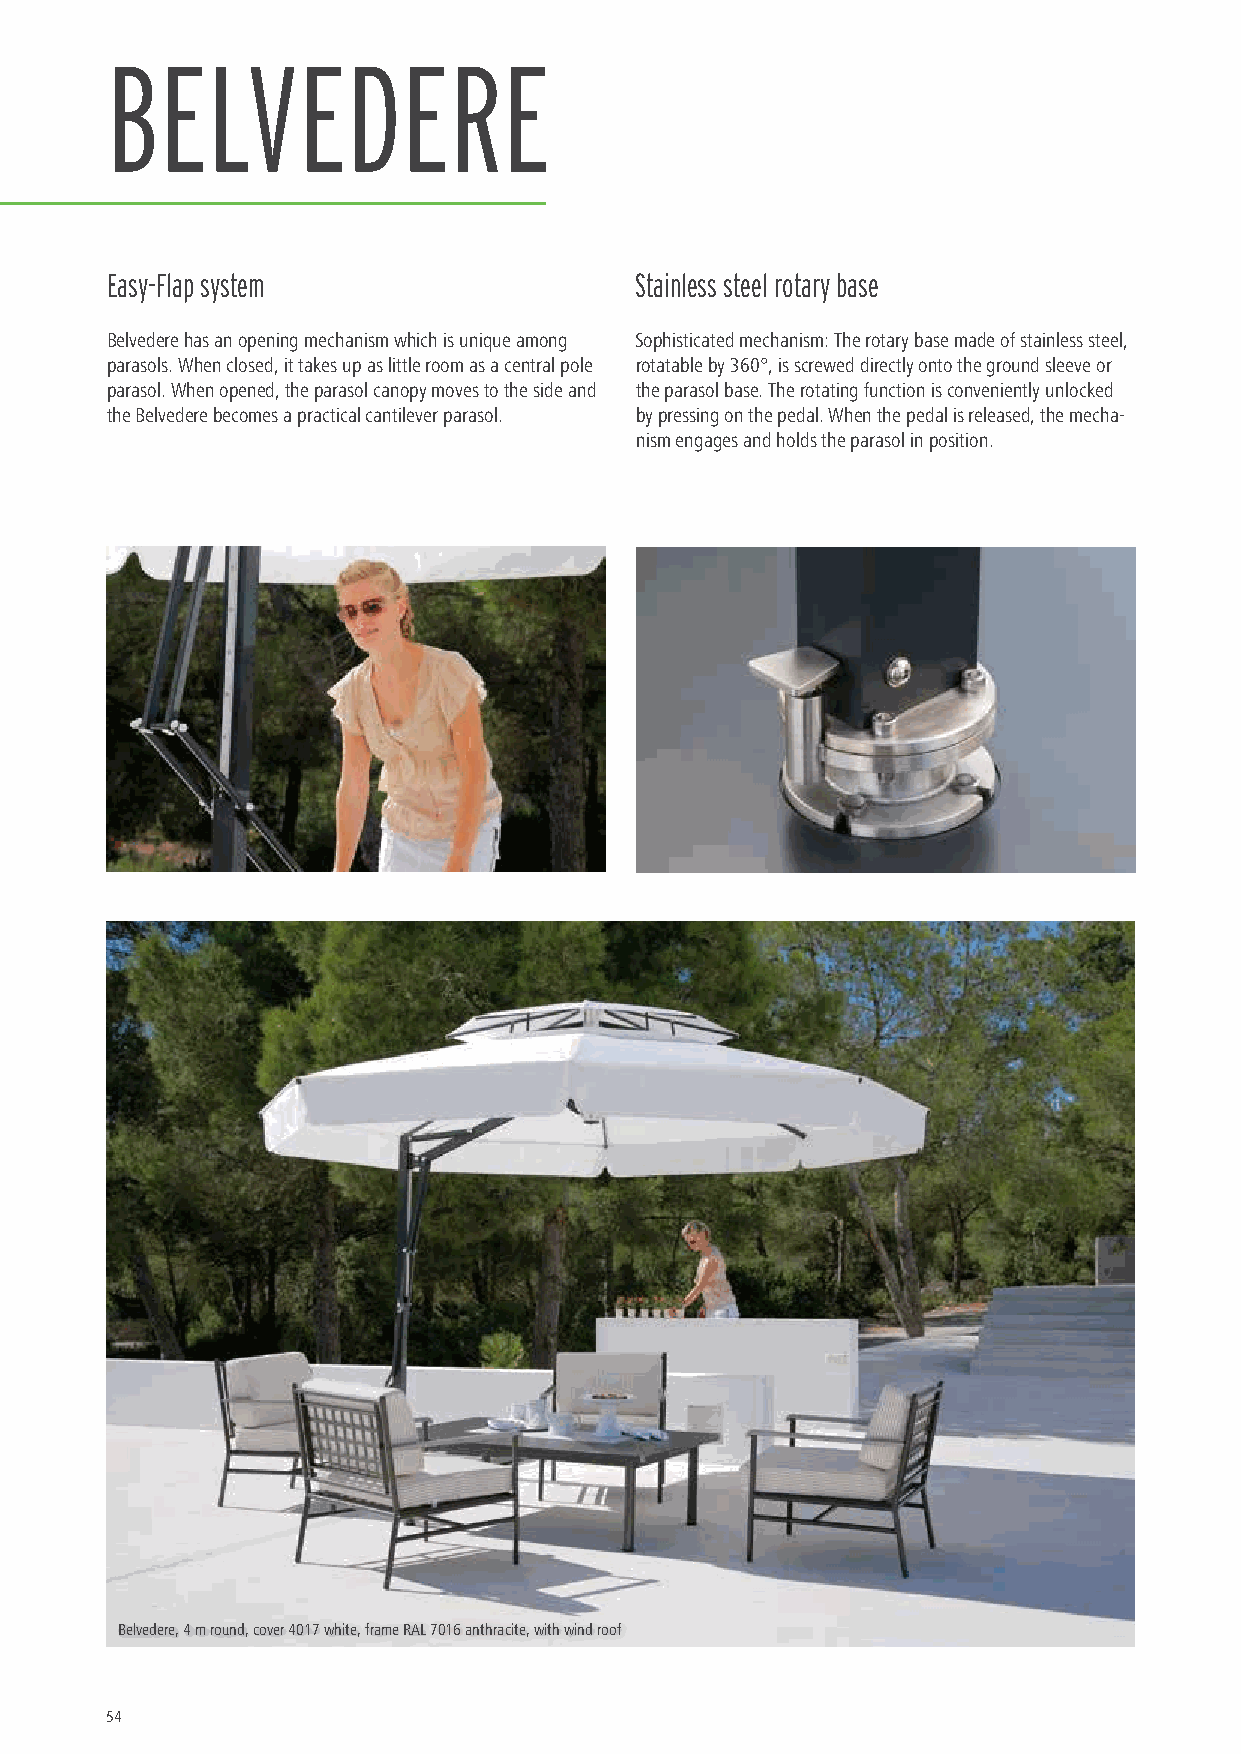
BELVEDERE
 Easy-Flap system                   Stainless steel rotary base
 Belvedere has an opening mechanism which is unique among Sophisticated mechanism: The rotary base made of stainless steel,
 parasols. When closed, it takes up as little room as a central pole rotatable by 360°, is screwed directly onto the ground sleeve or
 parasol. When opened, the parasol canopy moves to the side and the parasol base. The rotating function is conveniently unlocked
 the Belvedere becomes a practical cantilever parasol. by pressing on the pedal. When the pedal is released, the mecha-
 nism engages and holds the parasol in position.
 Belvedere, 4 m round, cover 4017 white, frame RAL 7016 anthracite, with wind roof
 54